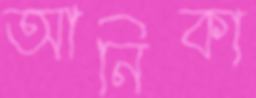
আনিকা